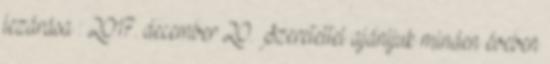
lezárása : 2017. december 20. Szeretettel ajánljuk minden éveben